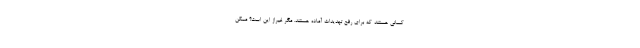
کسانی هستند که برای رفع تهدیدات آماده هستند. مگر غیراز این است؟ ممکن